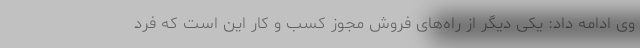
وی ادامه داد: یکی دیگر از راه‌های فروش مجوز کسب و کار این است که فرد